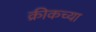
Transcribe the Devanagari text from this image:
क्रीकच्या